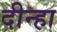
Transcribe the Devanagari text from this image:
दीन्हा